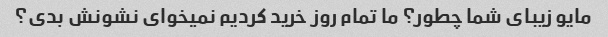
مایو زیبای شما چطور؟ ما تمام روز خرید کردیم نمیخوای نشونش بدی؟